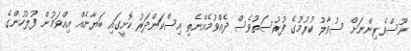
ނޫސްވެރިންނަށް ސުވާލު ކުރުމުގެ ފުރުސަތުވެސް ދެއްވުމެއްނެތި އިސްކަންދަރު ކޮށީގައި ބަޔާނެއް އިއްވަމުން ފުލުހުންގެ